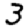
Digit: 3